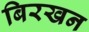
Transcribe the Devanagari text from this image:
बिरखन